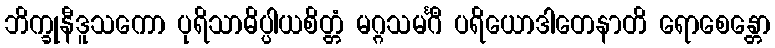
ဘိက္ခုနီဒူသကော ပုရိသာဓိပ္ပါယစိတ္တံ မဂ္ဂသမင်္ဂီ ပရိယောဒါတေနာတိ ရောစေန္တော